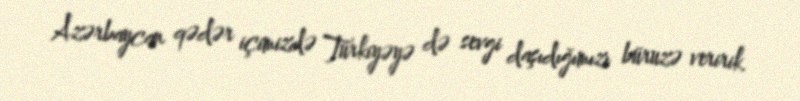
Azərbaycan qədər içimizdə Türkiyəyə də sevgi daşıdığımızı büruzə veririk.